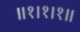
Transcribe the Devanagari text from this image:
।।१।१।१।।